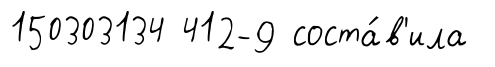
150303134 412-9 соста́в'ила